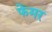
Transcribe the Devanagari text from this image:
फेमर